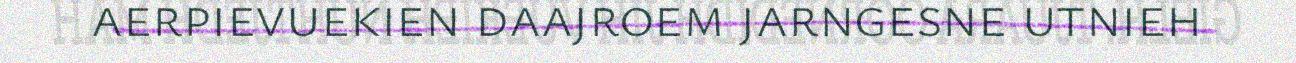
aerpievuekien daajroem jarngesne utnieh